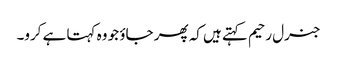
جنرل رحیم کہتے ہیں کہ پھر جاؤ جو وہ کہتا ہے کرو۔